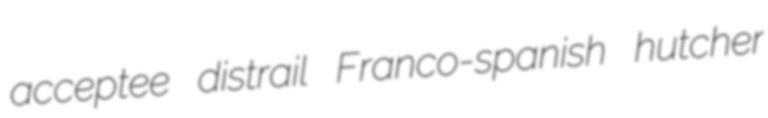
acceptee distrail Franco-spanish hutcher